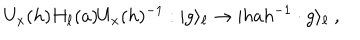
U _ { x } ( h ) H _ { \ell } ( a ) U _ { x } ( h ) ^ { - 1 } : | g \rangle _ { \ell } \to | h a h ^ { - 1 } \cdot g \rangle _ { \ell } ~ ,